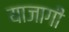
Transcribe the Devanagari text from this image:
याजागी